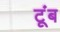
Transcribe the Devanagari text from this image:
टूंब